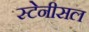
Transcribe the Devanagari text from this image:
स्टेनीसल